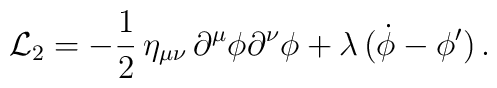
{\cal L}_2=-{1\over2}\,\eta_{\mu\nu}\,\partial^\mu\phi\partial^\nu\phi+\lambda\,\bigl(\dot\phi-\phi^\prime\bigr)\,.